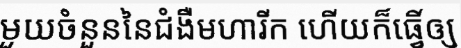
មួយចំនួននៃជំងឺមហារីក ហើយក៏ធ្វើឲ្យ